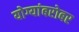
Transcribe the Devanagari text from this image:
योग्यांबरोबर